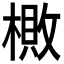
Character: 𬄎